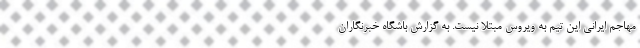
مهاجم ایرانی این تیم به ویروس مبتلا نیست. به گزارش باشگاه خبرنگاران